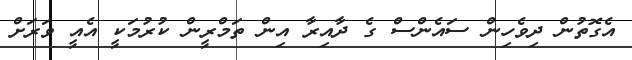
އެގޮތުން ދިވެހިން ސައެންސް ގެ ދާއިރާ އިން ތަމްރީން ކުރުމަކީ އެއީ ވަަރަށް